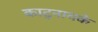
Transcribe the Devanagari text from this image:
काटुनायके